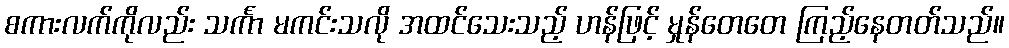
စကားလက်ကိုလည်း သင်္ကာ မကင်းသလို အထင်သေးသည့် ဟန်ဖြင့် မှုန်တေတေ ကြည့်နေတတ်သည်။